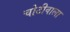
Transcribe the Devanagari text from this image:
चोटीवाला